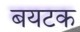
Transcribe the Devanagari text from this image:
बयटक